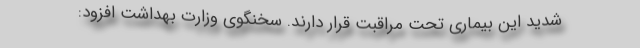
شدید این بیماری تحت مراقبت قرار دارند. سخنگوی وزارت بهداشت افزود: